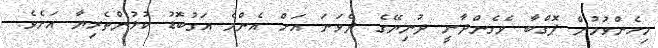
މިހެންވުމުން ޕޮގްބާ ވެގެންދާނީ ދުނިޔޭގެ ދެވަނަ އަށް އެންމެ އަގުބޮޑު ކުޅުންތެރިޔާ އަށެވެ.